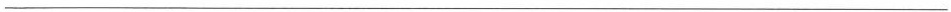
___